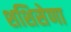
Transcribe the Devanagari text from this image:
शशिसेणा